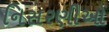
નિસરણીઓ